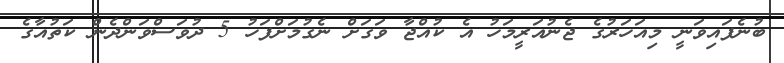
ބުނެފައިވަނީ މިއަހަރުގެ ޖެނުއަރީމަހު އެ ކުއްޖާ ވަގަށް ނެގުމަށްފަހު 5 ދުވަސްވަންދެން ކަތުއާގެ